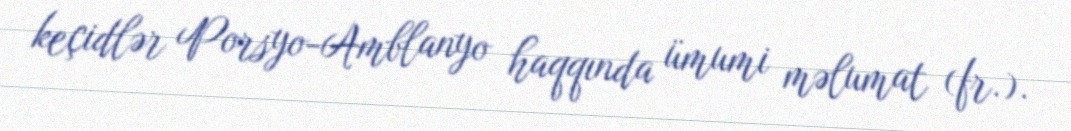
keçidlər Porsyo-Amblanyo haqqında ümumi məlumat (fr.).